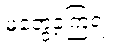
မတွေ့ခဲ့ကြရ။